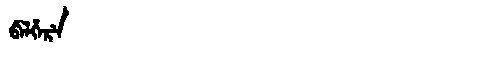
Manchu: ᠪᡝᠯᡥᡝᡵᡝ
Romanization: BELHERE